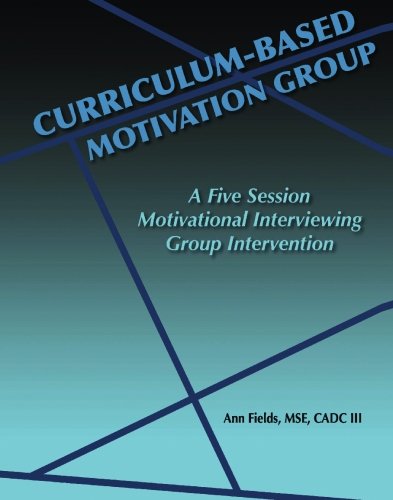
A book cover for Curriculum-Based Motivation Group: A Five Session Motivational Interviewing Group Intervention; Ann E. Fields; Medical Books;